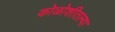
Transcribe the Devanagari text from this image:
कोळोशीतल्या